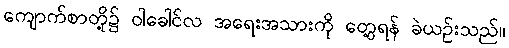
ကျောက်စာတို့၌ ဝါခေါင်လ အရေးအသားကို တွေ့ရန် ခဲယဉ်းသည်။